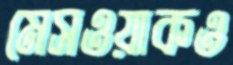
মেসওয়াকও